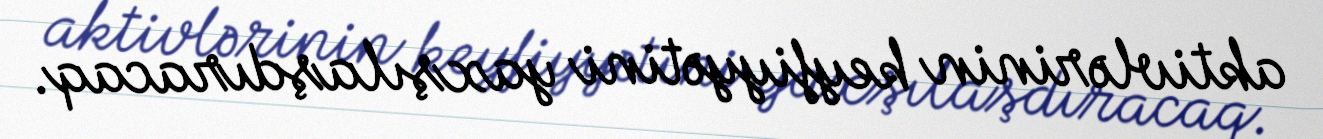
aktivlərinin keyfiyyətini yaxşılaşdıracaq.